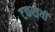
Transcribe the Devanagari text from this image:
टकरायी